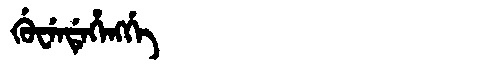
Manchu: ᡤᡠᠸᡝᠨᡩᡝᡥᡝᠩᡤᡝ
Romanization: GUWENDEHENGGE